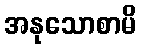
အနုသောစာမိ